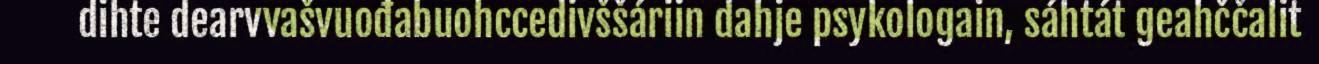
dihte dearvvašvuođabuohccedivššáriin dahje psykologain, sáhtát geahččalit